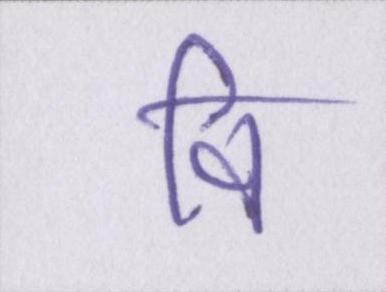
वि